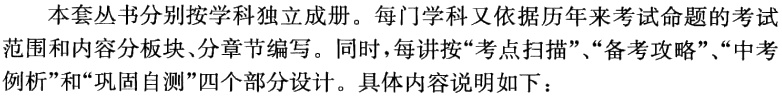
本套丛书分别按学科独立成册。每门学科又依据历年来考试命题的考试

范围和内容板块、分章节编写。同时，每讲按“考点扫描”、“备考攻略”、“中考

例析”和“巩固自测”四个部分设计。具体内容说明如下：